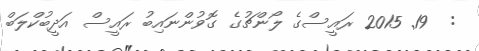
:  19